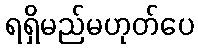
ရရှိမည်မဟုတ်ပေ